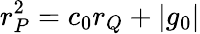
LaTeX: r_{P}^{2}=c_{0}r_{Q}+|g_{0}|